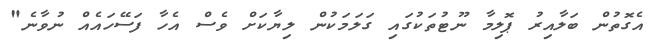
އެގޮތުން ބަލާއިރު ޕޮލިމާ ނޫޓުތަކުގައި ގަލަމަކުން ލިޔާކަށް ވެސް އެހާ ފަސޭހައެއް ނުވާނެ"